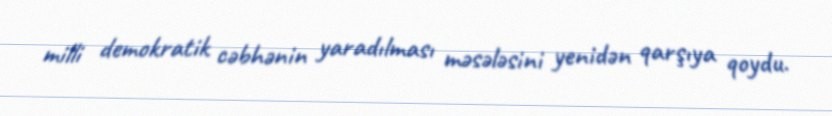
milli demokratik cəbhənin yaradılması məsələsini yenidən qarşıya qoydu.